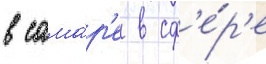
в сама́р'е в сф'е́р'е